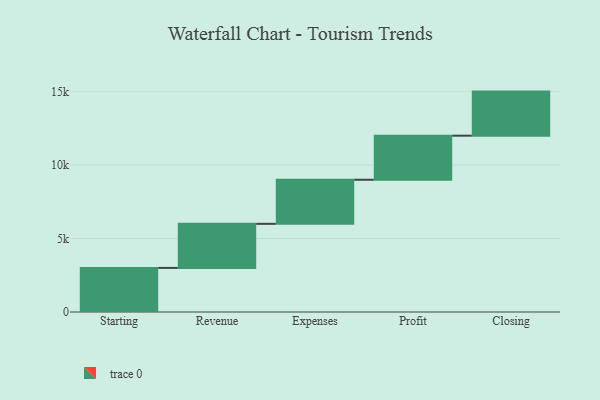
{"axis": {"x": "Step", "y": "Value"}, "legend": [""], "data": [{"x": "Starting", "y": 3000, "type": ""}, {"x": "Revenue", "y": 3000, "type": ""}, {"x": "Expenses", "y": 3000, "type": ""}, {"x": "Profit", "y": 3000, "type": ""}, {"x": "Closing", "y": 3000, "type": ""}]}